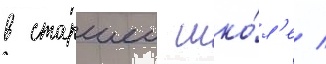
в старшеи шко́л'е /